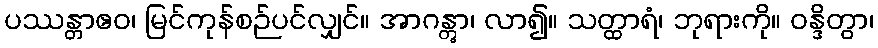
ပဿန္တာဧဝ၊ မြင်ကုန်စဉ်ပင်လျှင်။ အာဂန္တွာ၊ လာ၍။ သတ္ထာရံ၊ ဘုရားကို။ ဝန္ဒိတွာ၊